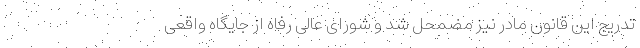
تدریج این قانون مادر نیز مضمحل شد و شورای عالی رفاه از جایگاه واقعی